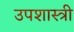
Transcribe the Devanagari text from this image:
उपशास्त्री